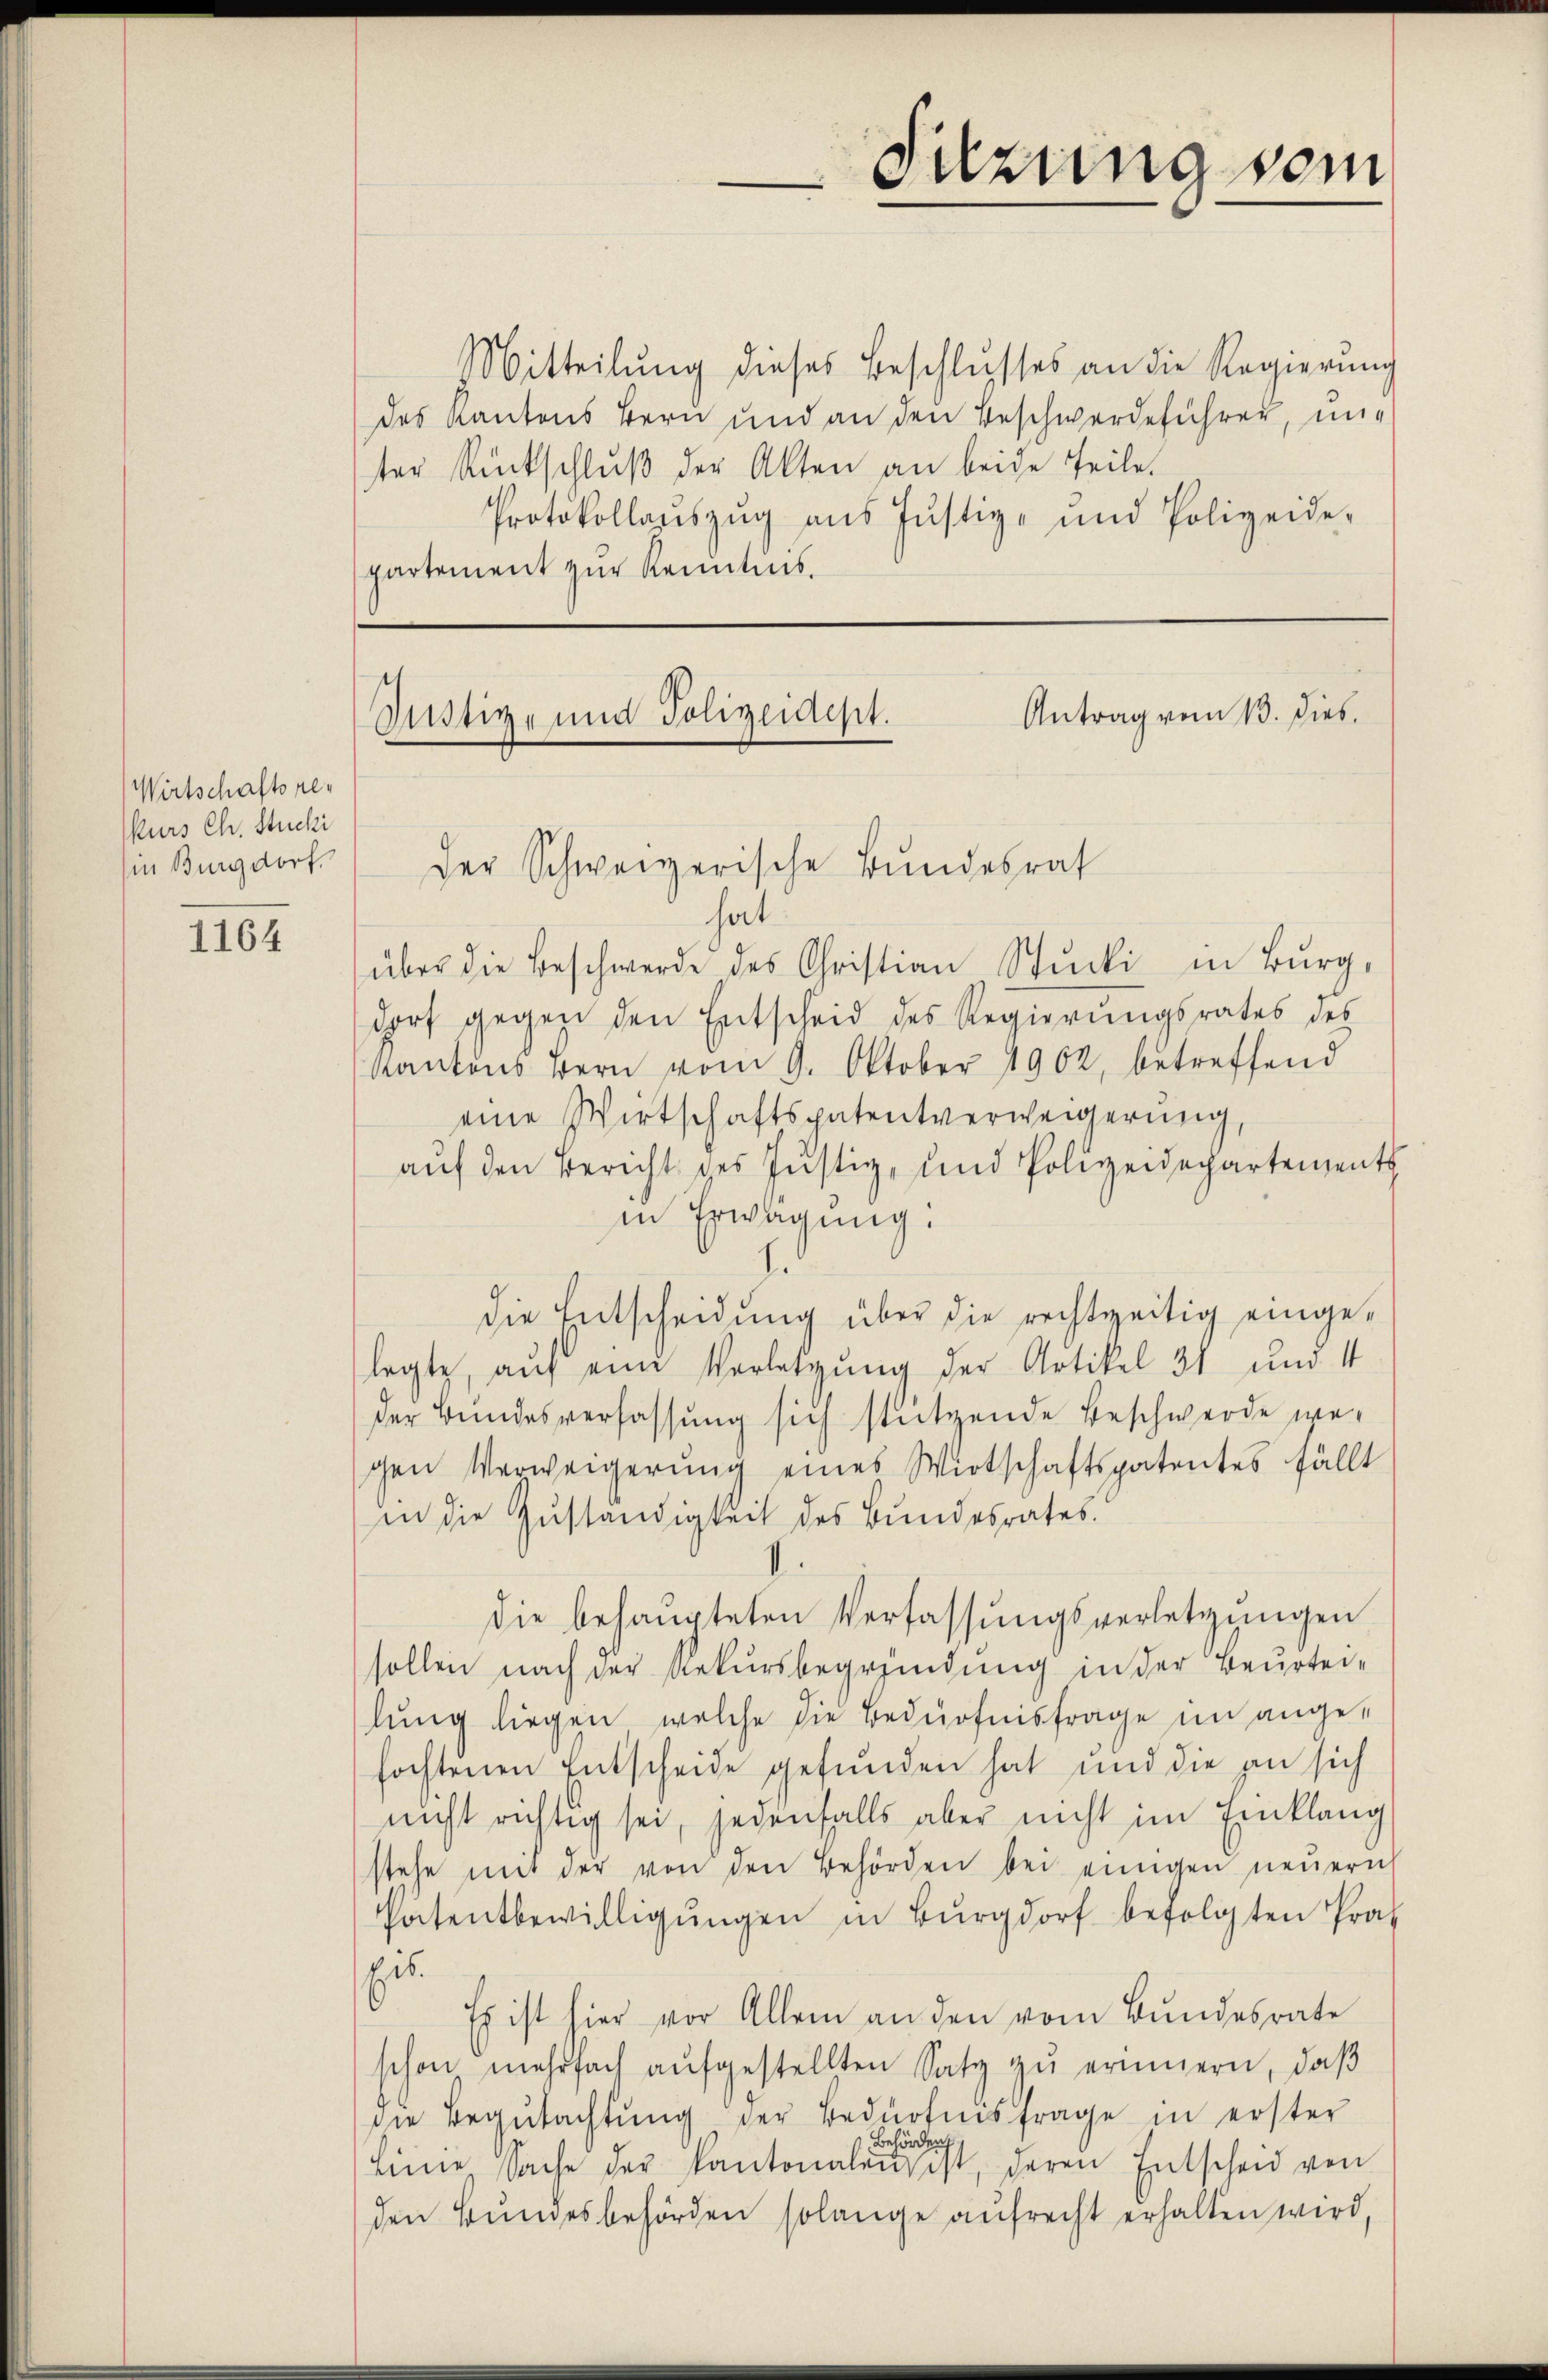
Wirtschaftsrekurs Ch. Stucki
in Burgdorf.

1164

Mitteilung dieses Beschlusses an die Regierŭng
des Kantons Bern und an den Beschwerdeführer, unter Rückschlŭβ der Akten an beide Teile.
Protokollaŭszŭg ans Jŭstiz- und Polizeide-
partement zur Kenntnis.

Sistige und Polizeidept.
Der Schweizerische Bundesrat

Sitzung vom

Antrag vom 13. Dieb.

hat.
über die Beschwerde des Christian Stucki in Burg,
dorf gegen den Entscheid des Regierŭngsrates des
kantons Bern vom 9. Oktober 1902, betreffend
eine Wirtschaftspatentverweigerung,
auf den Bericht des Justiz, und Polizeidepartements
in Erwägung.
.
die Entscheidung über die rechtzeitig eingelegte, auf eine Vorletzung der Artikel 31 und 4
der Bundesverfassung sich stützende Beschwerde wegen Verweigerŭng eines Wirtschaftspatentes fällt
in die Zuständigkeit des Bundesrates.
die behaupteten Verfassŭngsverletzungen
sollen nach der Rekursbegründung in der Beurtei-
lung liegen, welche die Bedürfnisfrage im angefochtenen Entscheide gefunden hat und die an sich
nicht richtig sei, jedenfalls aber nicht im Einklang
stehe mit der von den Behörden bei einigen neuern
Patentbewilligŭngen in Burgdorf befolgten Prax
Eis.
Es ist hier vor Allem an den vom Bundesrate
schon mehrfach aŭfgestellten Satz zŭ erinnern, daß
die Begutachtung der Bedürfnisfrage in erster
Behörden
Linne Sache der Kantonalen ist, deren Entscheid von
den Bundesbehörden solange aufrecht erhalten wird,